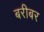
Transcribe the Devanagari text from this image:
बरीबर